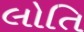
લોતિ